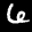
Label: 6